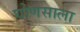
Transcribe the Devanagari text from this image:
घोणसाला